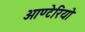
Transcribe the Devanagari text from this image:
ओण्टेरियो